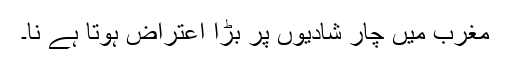
مغرب میں چار شادیوں پر بڑا اعتراض ہوتا ہے نا۔